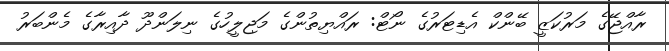
ރާއްޖޭގެ މަރުކަޒީ ބޭންކް އެޑިޓަރުގެ ނޯޓް: ރައްޔިތުންގެ މަޖިލީހުގެ ނިލަންދޫ ދާއިރާގެ މެންބަރު